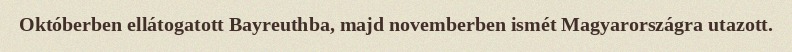
Októberben ellátogatott Bayreuthba, majd novemberben ismét Magyarországra utazott.